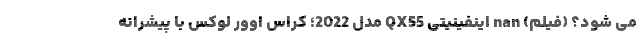
می شود؟ (فیلم) nan اینفینیتی QX55 مدل 2022؛ کراس اوور لوکس با پیشرانه